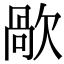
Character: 歄